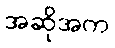
အဆိုအက